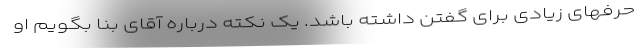
حرفهای زیادی برای گفتن داشته باشد. یک نکته درباره آقای بنا بگویم او